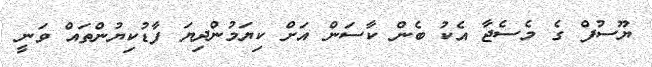
ޔޫސުފް ގެ މެސެޖާ އެކު ބެން ކާސަން އަށް ކިޔަމުންދިޔަ ފާޑުކިޔުންތައް ވަނީ